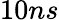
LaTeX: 10ns